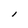
Character: l